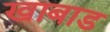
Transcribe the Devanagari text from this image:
खाबाड